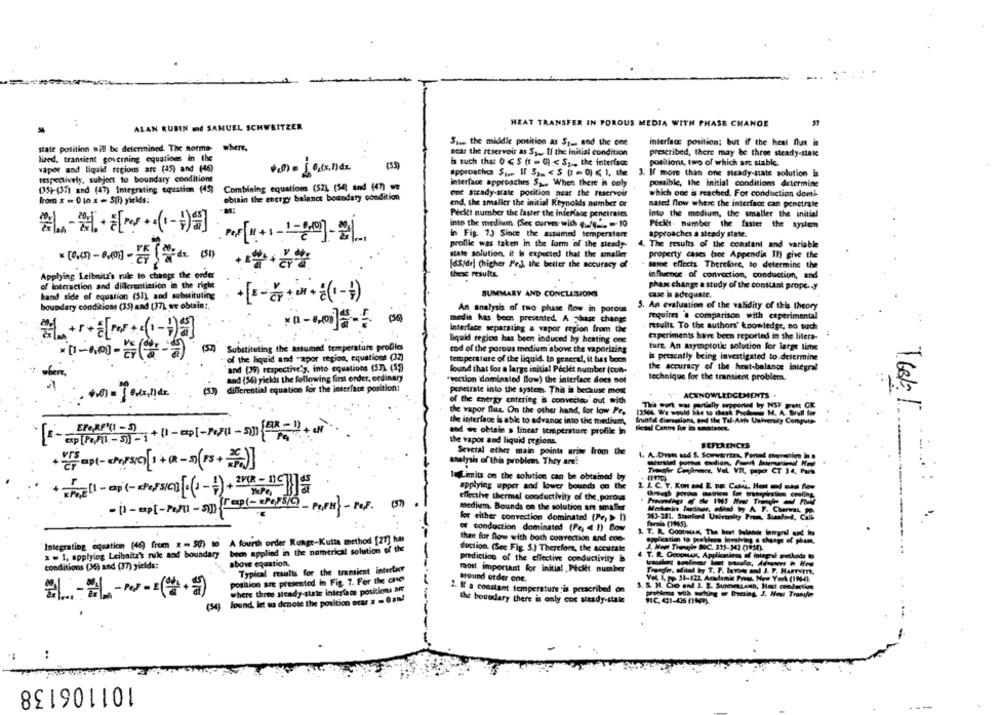
ALAN RUBIN md SAMUEL SCHWEITZER
HEAT TRANSFER IN POROUS MEDIA WITH PHASE CHANGE
Sims the middle position as S1 .. and the one
interface position: but if the heat flun is
Hate position will be determined. The norma- where,
lized, transient governing equations in the
..
near the reservoir as Sy .. If the initial condition
prescribed, there may be three steady-state
h such that 0 ℃$ (t = 9) < S, , the interface
positions, two of which are stable,
vapor and liquid regions are (45) and (46)
respectively, subject to boundary conditions
approaches S ... If 52 .. < S (1 - 0) ≤ 1, the
3. If more than one steady-state solution is
Interface approaches S ... When there is coly
possible, the initial conditions determine
(35)-(37) and (47) Integrating equation (49)
Combining equations (52), (54) and (47) we
one steady-state position neat the reservoir
which one is reached. For conduction domi-
krom x = 0 lo x - S(i) yields:
obiain the energy balanct boundary condition
end, the smaller the initial Reynolds number or
nated flow where the interface can penetrate
Pecket number the faster the interface penetraics
into the medium, the smaller the initial
into the medium. (Sec curves with ufg- =- 10
Picket number the faster the systemm
in Fig. 7.) Since the assumed temperature
approaches a steady state.
proflic was taken in the form of the steady-
4. The results of the constant and variable
state solution, it is expected that the smaller
property cases (soc Appendix Il) give the
IdS/dr) (higher Pel the better the accuracy of
same effects Therefore, to determine the
these results.
influence of convection, conduction, and
Applying Leibnitz's rule to change the order
phase change a study of the constant prope. . y
of interaction and dillerentiation in the right
SUMMARY AND CONCLUSIONS
case is adequate.
hand side of equation (51), and substituting
boundary conditions (35) and (37) we obtain !,
5. An evaluation of the validity of this theory
An analysis of two phase flow in porous
(5)
media has been presented. A phase change
requires a comparison with experimental
Interface separating a vapor region from the
results. To the authors' knowledge, no such
월_++++[+(-)]
experiments have been reported in the litera-
liquid region has been induced by heating one
Substituting the assumed temperature profiles
end of the porous medium above the vaporizing
ture. An asymptote solution for large time
of the liquid and -apor region, equations (32)
is presently being investigated to determine
temperature of the liquid. In general, it has been
and (39) respectively, into equations (53) (52
found that for a large initial Péclet number (con-
the accuracy of the heat-balance integral
bere,
and (36) yields the following first order, ordinary
technique for the transient problem.
"vection dominated Blow) the interface does not
(53) differential equation for the interface position:
penetrate into the system. This is because most
ACKNOWLEDGEMENTS .
:o- Townde
of the energy entering is conveciou out with
The tort was partially upported by NSF PAN CE
the vapor flax. On the other hand, for low Pe.
[2364, We would Me to thesk Prolow M. A. Brull for
the interface is able to advanos into the medium,
EPORF(1 -5) +(1-up[-PcFIL -5) BIR-1 + CH
sod we obtain a linear temperature profile in
5-ap(PapII-3]- 1
the vapor and liquid regions.
REFERENCES
Several other main points arise From the
analysis of this problem. They are
Transfer Conference, Vol. VIL, paper CT 34, Pars
1. Limits on the solution can be obtained by
applying upper and lower bounds on the
2. AC. Y. KON EM E DE CASH, Hot rod mas Alos
+ shell - ap (-xPOPS/C] (1-+)+ P
effective thermal conductivity of the, porous
-(1 -up[-Poll - 5] [epl- POPSi]
- POPH-Pep. (1)
medlem. Bounds on the solution are smaller
Merken Batteur, edited byy A. F. Chermas
for either convection dominated (Pe, >> 1)
263-201. Stanford University Pomm, Sundska, Chit
forsha (1965).
of conduction dominated (Pe, < 1) Bow
1. T. R. Goottan, The best boland tempel und to
Integrating equation (46) from x - 57) to A fourth order Runge-Kutta method [27] hms
than for flow with both convection and con-
e chuangt of phene,
a = 1, applying Leibnitz's ruk and boundary been applied in the numerical solution of the
duction. (See Fig. 5.) Therefore, the accutale
J. Men Trevph SOC. 331-342 07930).
T. R. Goognak, Applications of foiegral arethode
conditions (36) and (37) yields:
above equation.
prediction of the effective conductivity is
Typical results for the tramient interface
most important for initial Picit number
Trenger, edited by T. P. Invite and J. P. Hanwwmr.
position are presented in Fig. 7. For the case
around order one.
Vet L pp. 31-122 Academic Press, New York (19-0).
where three steady-state interface positions af
2. If a constant temperature is prescribed on
Trony
Sound, let us denote the position scar # - 0 and
the boundary there is only coc steady-state
(54)
..
101106138